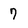
Character: 7